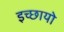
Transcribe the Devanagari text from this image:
इच्छायो